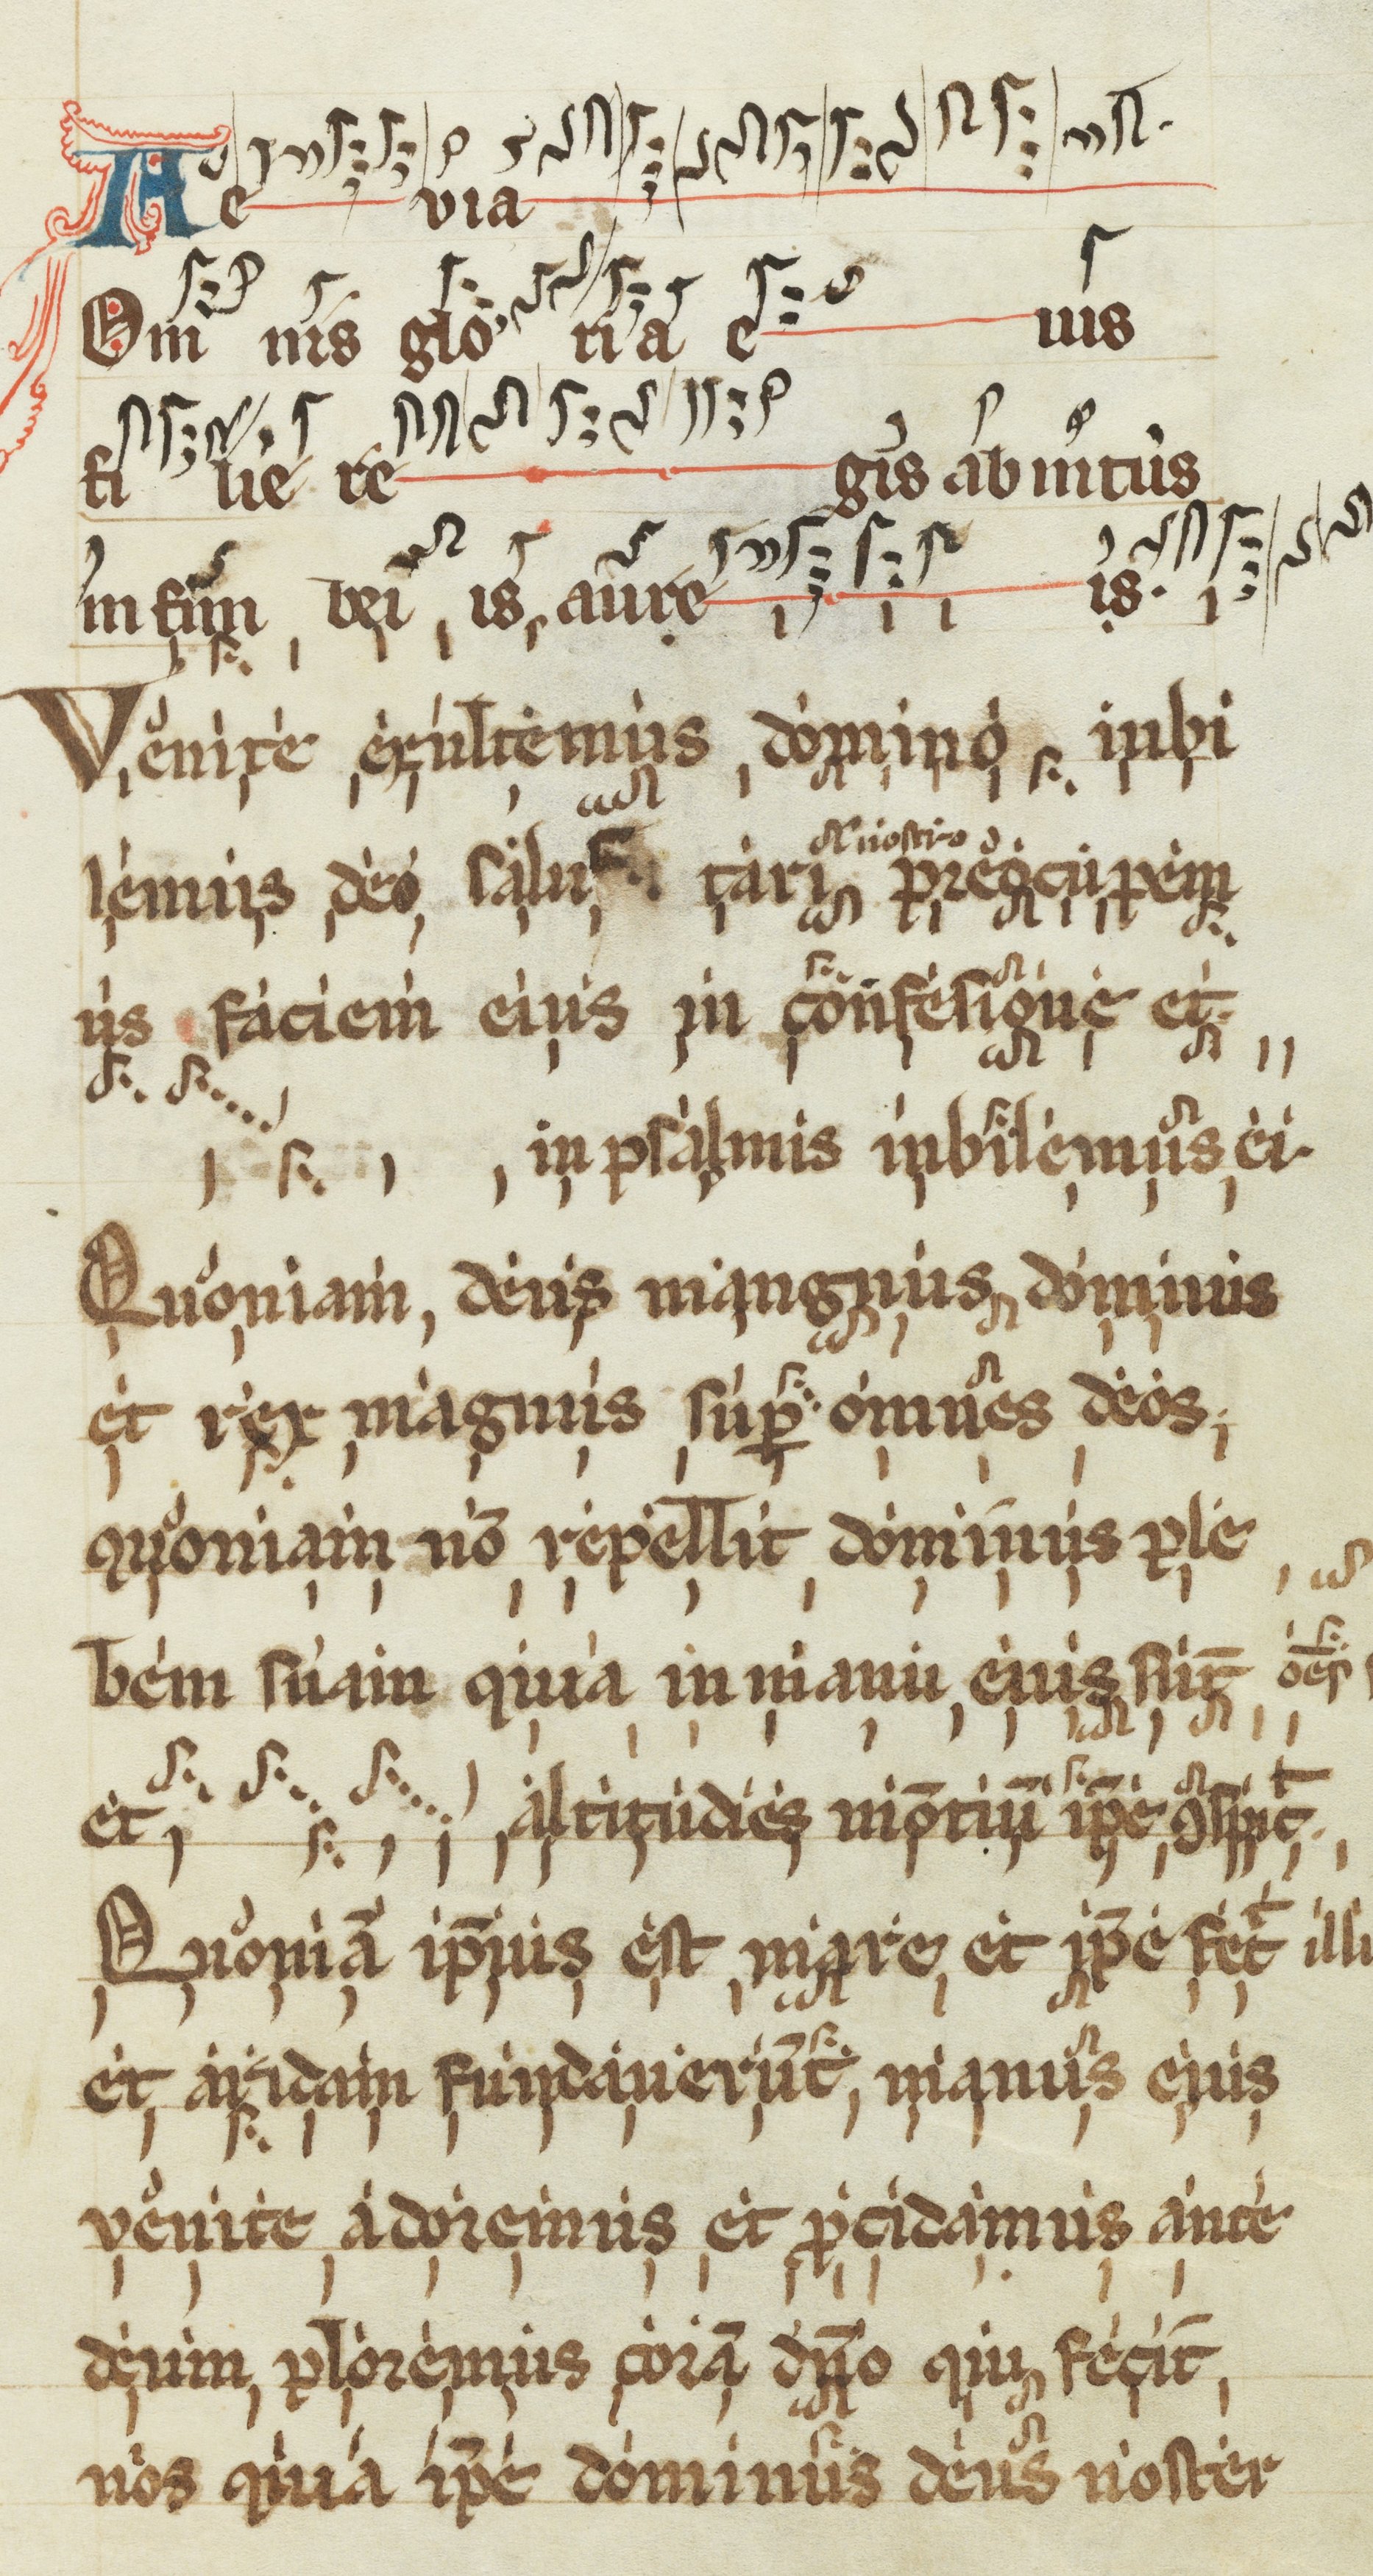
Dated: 1200–1299